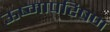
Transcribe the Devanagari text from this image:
ऊष्मापरिषण